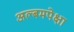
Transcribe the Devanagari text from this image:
अल्बमपेक्षा